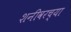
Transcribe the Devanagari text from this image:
शनीवरच्या